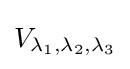
V_{\lambda _{1},\lambda _{2},\lambda _{3}}